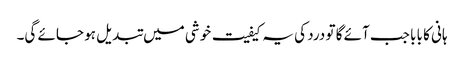
ہانی کا بابا جب آئے گا تو درد کی یہ کیفیت خوشی میں تبدیل ہو جائے گی۔